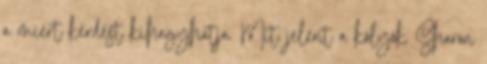
a miért kérdést kihagyhatja. Mit jelent a kölyök Sharon